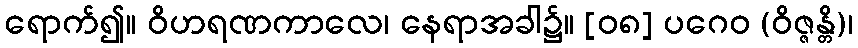
ရောက်၍။ ဝိဟရဏကာလေ၊ နေရာအခါ၌။ [၀၈] ပဂေဝ (ဝိဇ္ဇန္တိ)၊